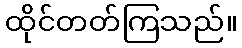
ထိုင်တတ်ကြသည်။